Report on plague and inoculation in the Punjab from October 1st ... to September 30th..., being the ... season of plague in the province
Disease focus: Plague
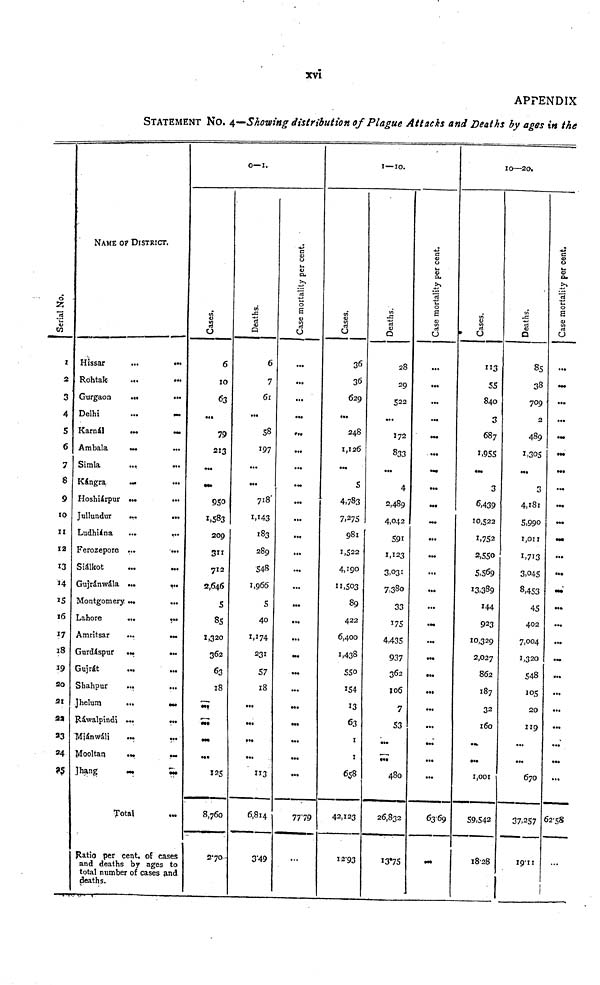
xvi
APPENDIX
STATEMENT NO. 4—Showing distribution of Plague Attacks and Deaths by ages in the
Serial No.
1
2
3
4
5
6
7
8
9
10
11
12
13
14
15
16
17
18
so
21
22
23
»4
NAME OF DISTRICT.
Híssar
...
•••
Rohtak
Gurgaon
...
•••
Delhi
...
—
Karnál
•••
•••
Ambala
...
...
Simla
....
•••
Kángra
•••
•••
Hoshiárpur ...
Jullundur
...
...
Ludhiána
...
...
Ferozepore ...
...
Siálkot
Gujránwála ...
•••
Montgomery ...
...
Lahore
...
...
Amritsar
...
•••
Gurdáspur ...
...
Gujrát
Shahpur
...
...
Jhelum
••• •••
Ráwalpindi
...
...
Miánwáli
...
...
Mooltan
...
...
Jhang
••• •••
Total
¡Ratio per cent, of cases
and deaths by ages to
total number of cases and
deaths.
0—1.
Cases.
6
10
63
79
213
...
•••
950
1,583
209
311
712
2,646
5
85
1,320
362
63
18
•••
M»
•M
•••
125
8,760
270-
Deaths
6
7
61
...
58
197
...
...
718
1,143
183
289
548
1,966
5
40
1,174
231
57
18
...
...
»••
...
113
6,814
349
Case mortality per cent. '
...
...
...
•••
...
...
•••
...
...
...
...
•••
...
...
...
...
...
...
...
...
...
...
7779
...
1 — 10.
Cases
36
36
629
...
248
1,126
•••
5
4,783
7,275
981
1,522
4,190
11,503
89
422
6,400
1,438
550
154
13
63
1
1
658
42,123
12-93
Deaths
28
29
522
...
172
833
...
4
2,489
4,042
591
1,123
3.031
7,380
33
175
4,435
937
362
106
7
53
•••
#••
480
26,832
1375
Case mortality per cent.
...
...
...
•••
...
...
•••
•••
...
...
...
...
...
•M
...
...
».
• •»
...
...
...
...
...
6369
M»
10—20,
Cases.
113
55
840
3
687
1,955
•a.
3
6,439
10,522
1,752
2,550
5,569
13,389
144
923
10,329
2,027
862
187
32
160
•••
...
1,001
59,542
1828
Deaths
85
38
709
2
489
1,305
M.
3
4,181
5,990
1,011
1713
3,045
8,453
45
402
7,004
1,320
548
105
20
119
...
...
670
37,257
1911
1
Case mortality per cent.
• ••
•••
•••
...
•••
•••
•••
•••
•••
M»
•••
...
•••
•••
•••
•••
...
•••
...
...
...
...
•••
•••
...
6258